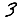
Digit: 3